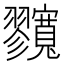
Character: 𡬘